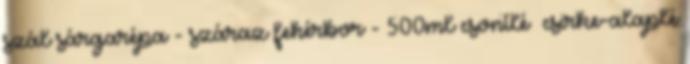
szál sárgarépa - száraz fehérbor - 500ml csontlé csirke-alaplé